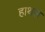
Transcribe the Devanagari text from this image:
हाथल